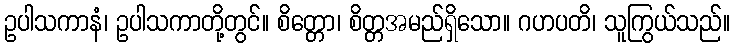
ဥပါသကာနံ၊ ဥပါသကာတို့တွင်။ စိတ္တော၊ စိတ္တအမည်ရှိသော။ ဂဟပတိ၊ သူကြွယ်သည်။